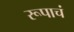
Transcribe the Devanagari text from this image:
रूपाचं